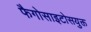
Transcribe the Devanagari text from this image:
फैगोसाइटोसयुक्त